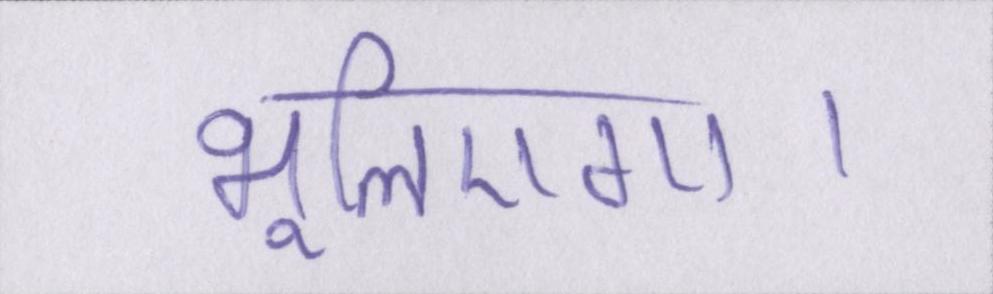
भूलिएगा।